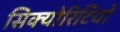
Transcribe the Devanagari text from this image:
सिक्योरिटियों